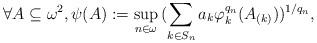
LaTeX: \begin{align*}\forall A\subseteq \omega^2,\psi(A):=\sup_{n \in \omega}\,(\sum_{k \in S_n}a_k \varphi_k^{q_n}(A_{(k)}))^{1/q_n},\end{align*}